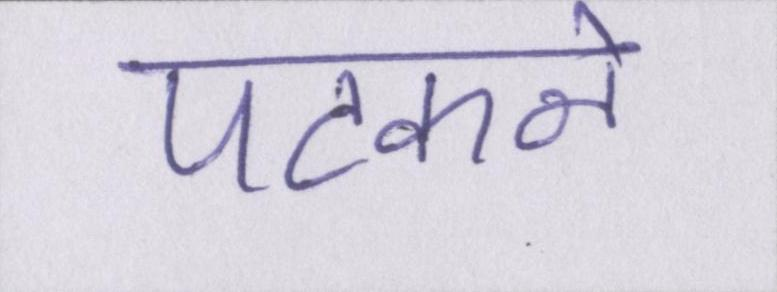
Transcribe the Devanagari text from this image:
पटकने